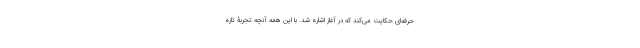
حرفه‌ای حکایت می‌کند که در آغاز اشاره شد. با این همه آنچه تجربۀ تازه